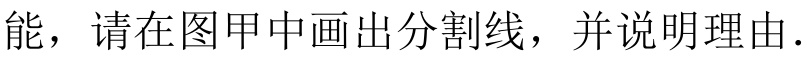
能，请在图甲中画出分割线，并说明理由．